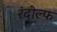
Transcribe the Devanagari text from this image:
रंदोल्फ